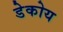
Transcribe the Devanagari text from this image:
डेकोय